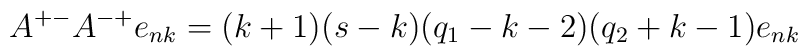
A^{+-}A^{-+}e_{nk}=(k+1)(s-k)(q_1-k-2)(q_2+k-1)e_{nk}